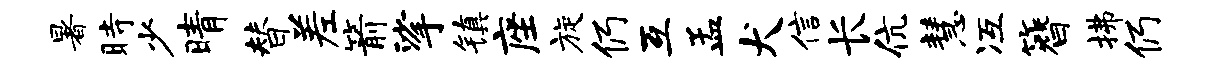
暑时少晴替差箭挲镇座旋仍互孟犬信长伉慧冱簪拂仍